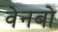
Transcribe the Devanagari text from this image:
वेनबो